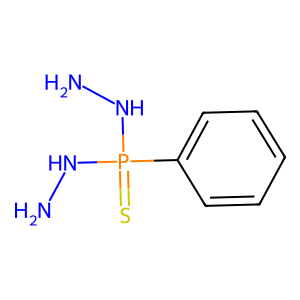
SMILES: NNP(=S)(NN)c1ccccc1
Inhibits HIV replication: Yes